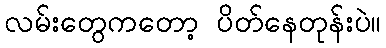
လမ်းတွေကတော့ ပိတ်နေတုန်းပဲ။